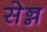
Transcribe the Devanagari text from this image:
सेन्न